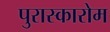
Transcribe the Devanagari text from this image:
पुरास्कारोम